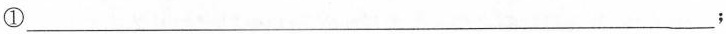
①___;